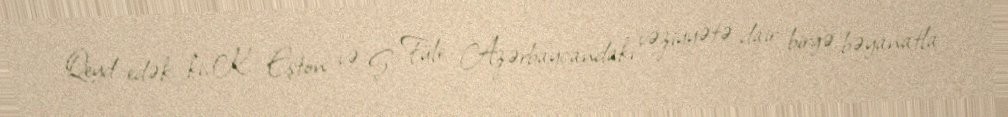
Qeyd edək ki, K. Eşton və Ş. Füle Azərbaycandakı vəziyyətə dair birgə bəyanatla